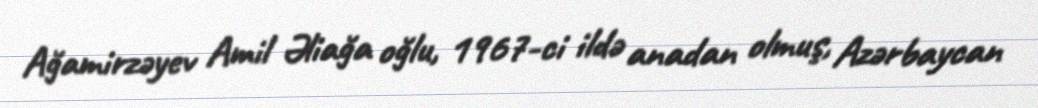
Ağamirzəyev Amil Əliağa oğlu, 1967-ci ildə anadan olmuş, Azərbaycan